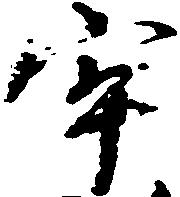
牢